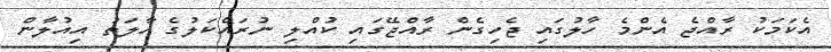
އެކަމަކު ރާއްޖެ އެންމެ ހާލުގައި ޖެހިގެން ރާއްޖޭގައި ކުއްލި ނުރައްކަލުގެ ހާލަތު އިއުލާން